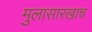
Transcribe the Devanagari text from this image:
मुलासारखाच